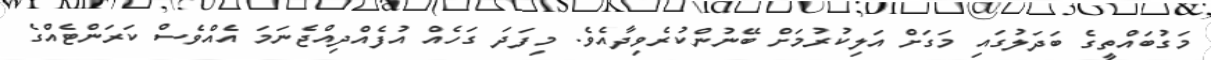
މަގުބައްތީގެ ބަދަލުގައި މަގަށް އަލިކުރުމަށް ބޭނުންކުރެވިދާއެވެ. މިފަދަ ގަހެއް އުފެއްދިއްޖެނަމަ އެއްވެސް ކަރަންޓެއްގެ